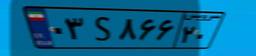
۰۳S۸۶۶۲۰